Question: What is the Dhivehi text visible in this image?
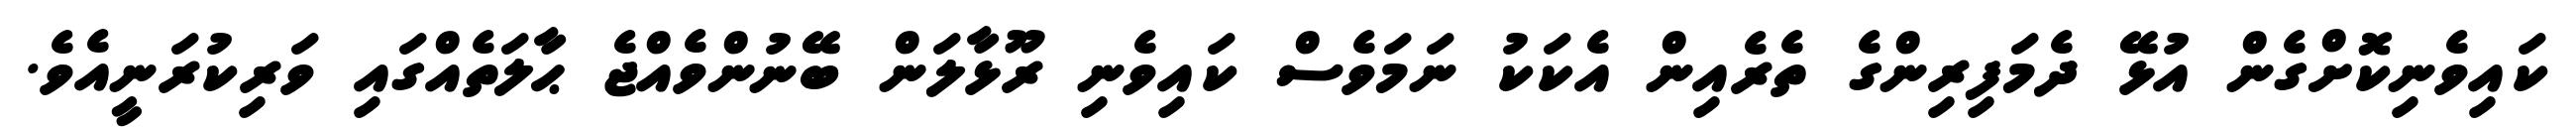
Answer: ކައިވެނިކޮށްގެން އުޅޭ ދެމަފިރިންގެ ތެރެއިން އެކަކު ނަމަވެސް ކައިވެނި ރޫޅާލަން ބޭނުންވެއްޖެ ޙާލަތެއްގައި ވަރިކުރަނީއެވެ.